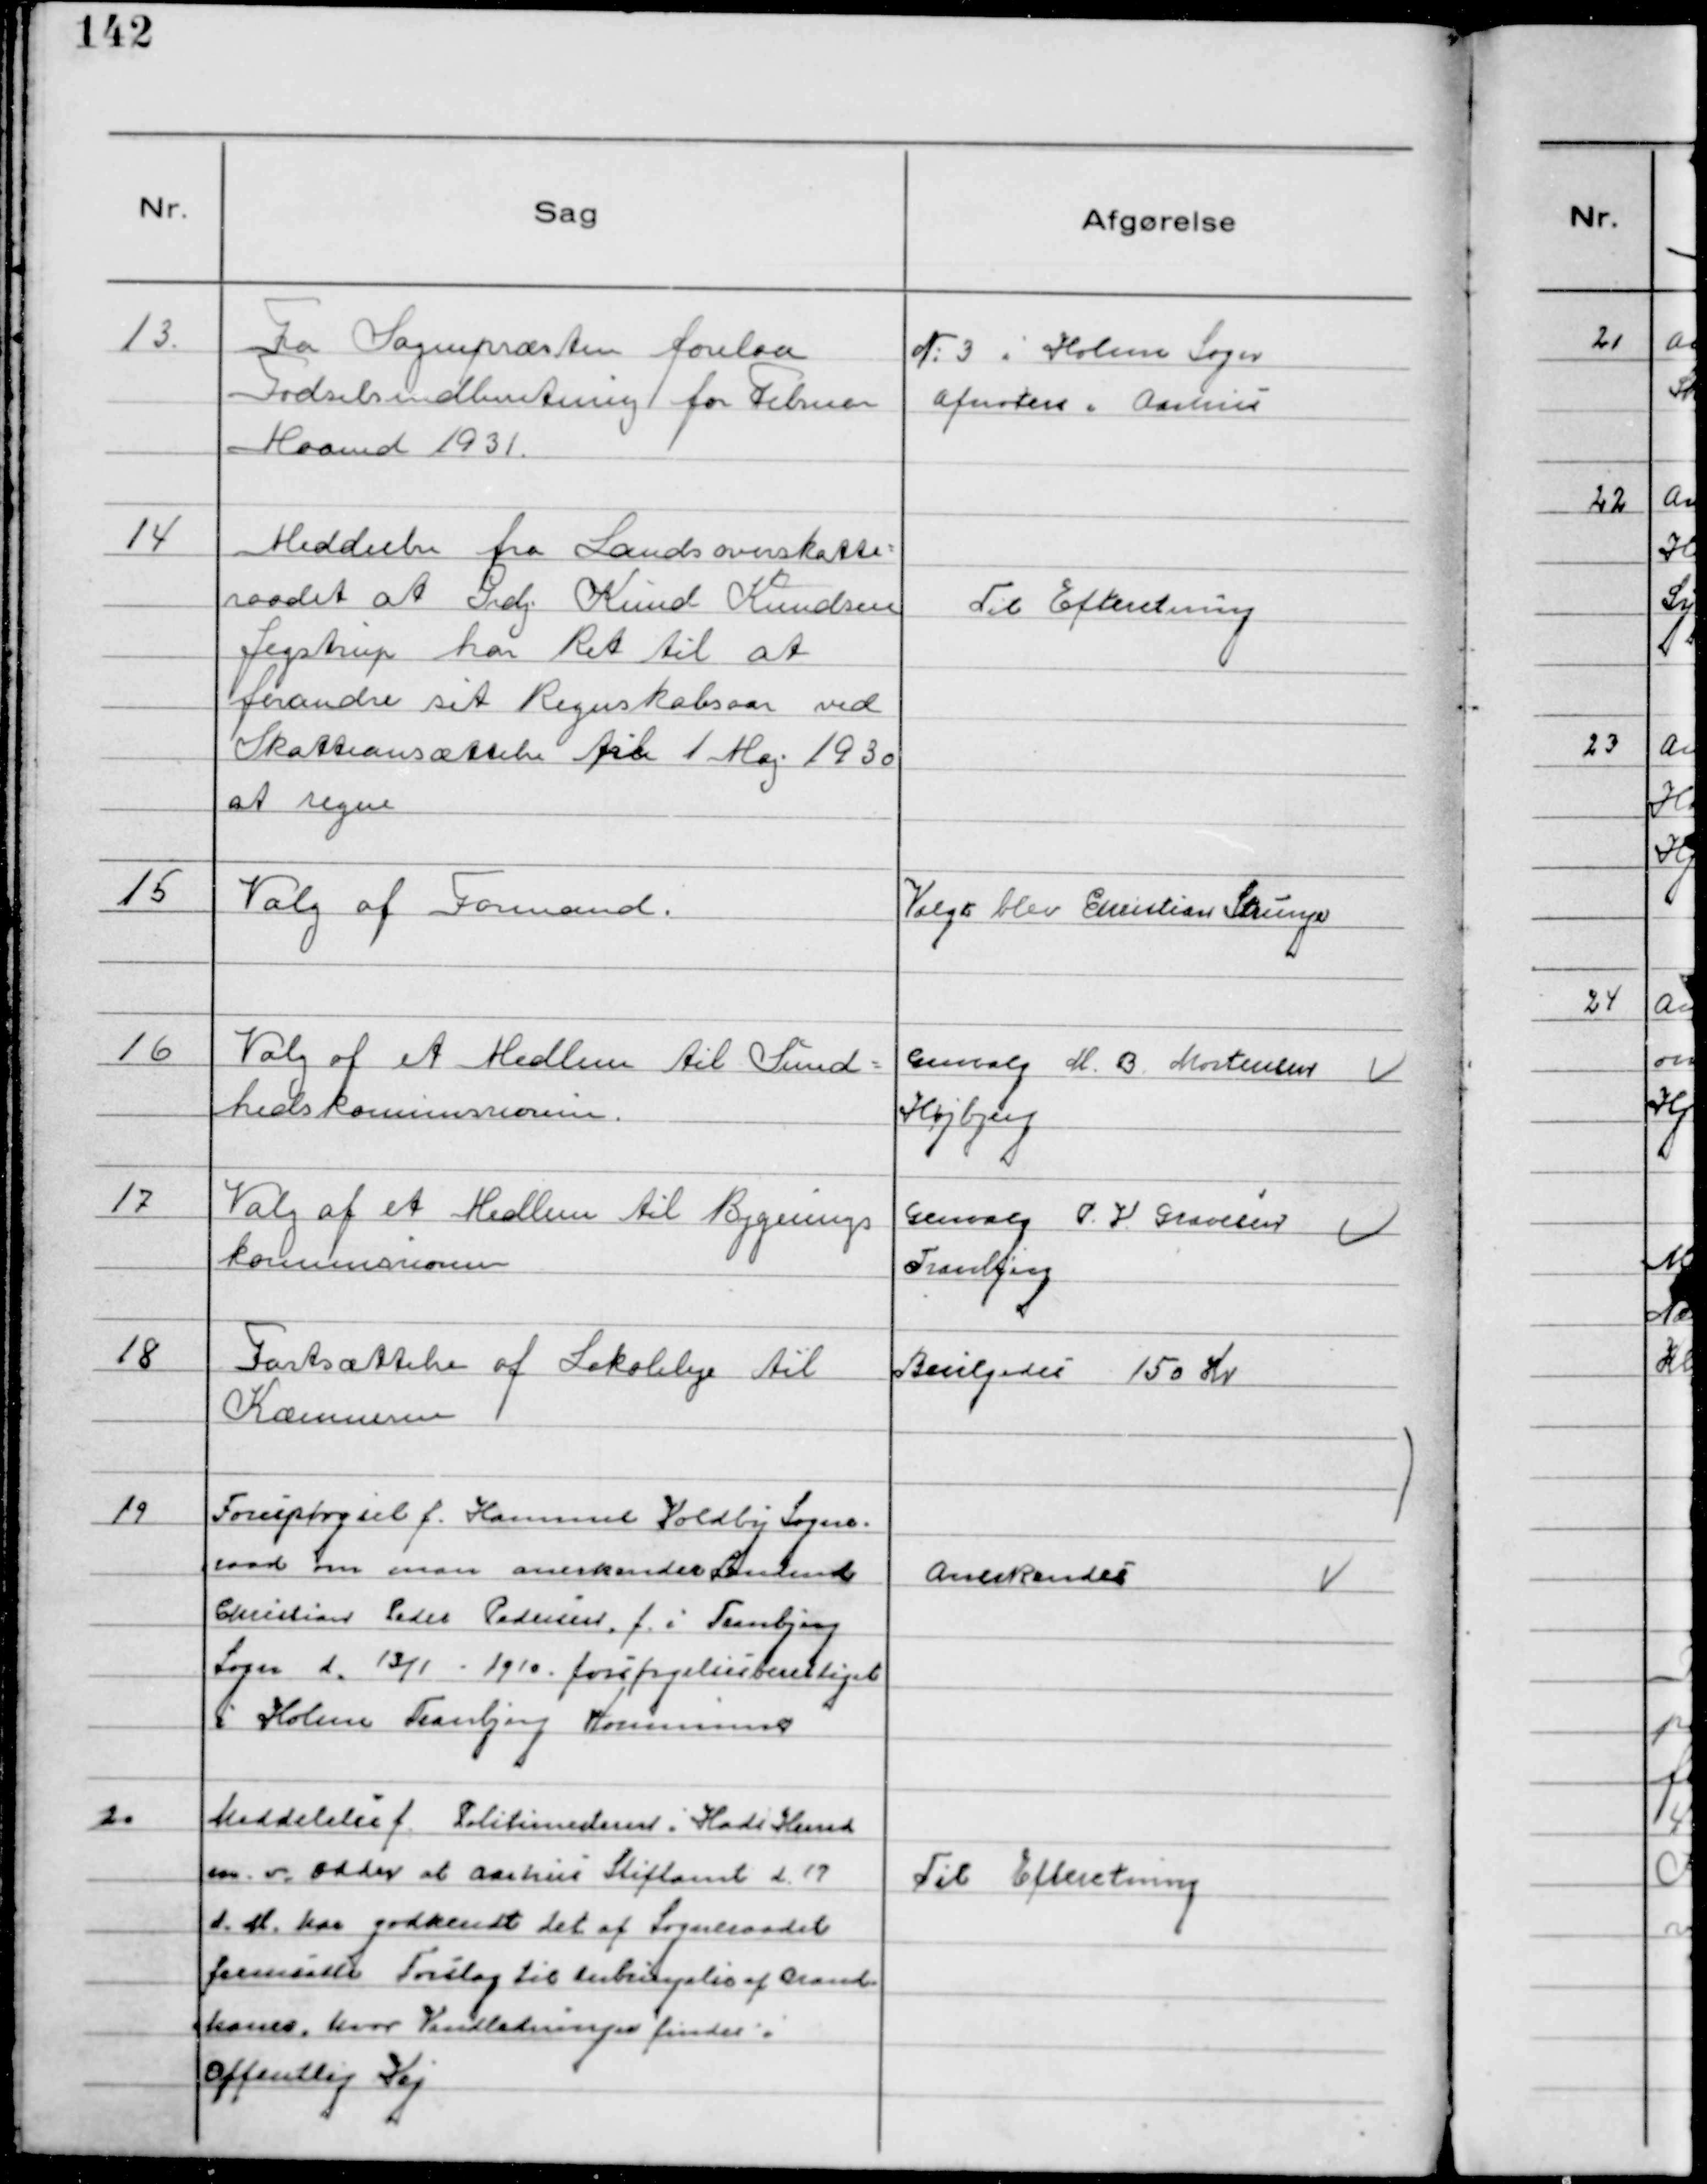
Transskription:
13.
Fra Sognepræsten forelaa
Fødselsindberetning for Februar
Maaned 1931.

№3 i Holme Sogn
afnoteres i Aarhus

14
Meddeelse fra Landsoverskatte-
raadet at Grdj. Knud Knudsen
Jegstrup har Ret til at
forandre sit Regnskabsaar ved
Skatteansættelse fra 1 Maj 1930
at regne

Til Efteretning

15
Valg af Formand.

Valgt blev Christian Strunge

16
Valg af et Medlem til Sund-
hedskommissionen.

Genvalg M. B. Mortensen
Højbjerg

17
Valg af et Medlem til Bygnings
kommissionen

Genvalg P. V. Gravesen
Tranbjerg

18
Fastsættelse af Lokaleleje til
Kommunen

Bevilgedes 150 Kr

19
Forespørgsel f. Hammel Voldby Sogne-
raad om man anerkender Landmd
Christian Peder Pedersen, f. i Tranbjerg
Sogn d. 13/1 - 1910 forsørgelsesberettiget
i Holme Tranbjerg Kommune

Anerkendes

20
Meddelelse f. Politimesteren i Hads Herred
m.v. Odder at Aarhus Stiftamt d. 17
d. M. har godkendt det af Sogneraadet
fremsatte Forslag til anbringelse af Brand-
kasser, hvor Vandledninger findes i
Offentlig Vej

Til Efteretning